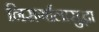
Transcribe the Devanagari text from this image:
निसर्गालासुद्धा